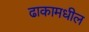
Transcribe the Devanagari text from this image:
ढाकामधील